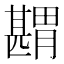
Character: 𦡾